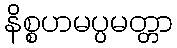
နိစ္စဟမပ္ပမတ္တာ